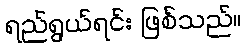
ရည်ရွယ်ရင်း ဖြစ်သည်။